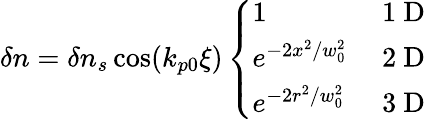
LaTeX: \begin{array}{r}{\delta n=\delta n_{s}\cos(k_{p0}\xi)\left\{ \begin{array}{ll}{1}&{\mathrm{~1~D~}}\\ {e^{-2x^{2}/w_{0}^{2}}}&{\mathrm{~2~D~}}\\ {e^{-2r^{2}/w_{0}^{2}}}&{\mathrm{~3~D~}}\end{array}\right.}\end{array}